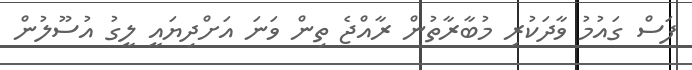
ފަސް ގައުމު ވާދަކުރި މުބާރާތުން ރާއްޖެ ތިން ވަނަ އަށްދިޔައީ ލީގު އުސޫލުން